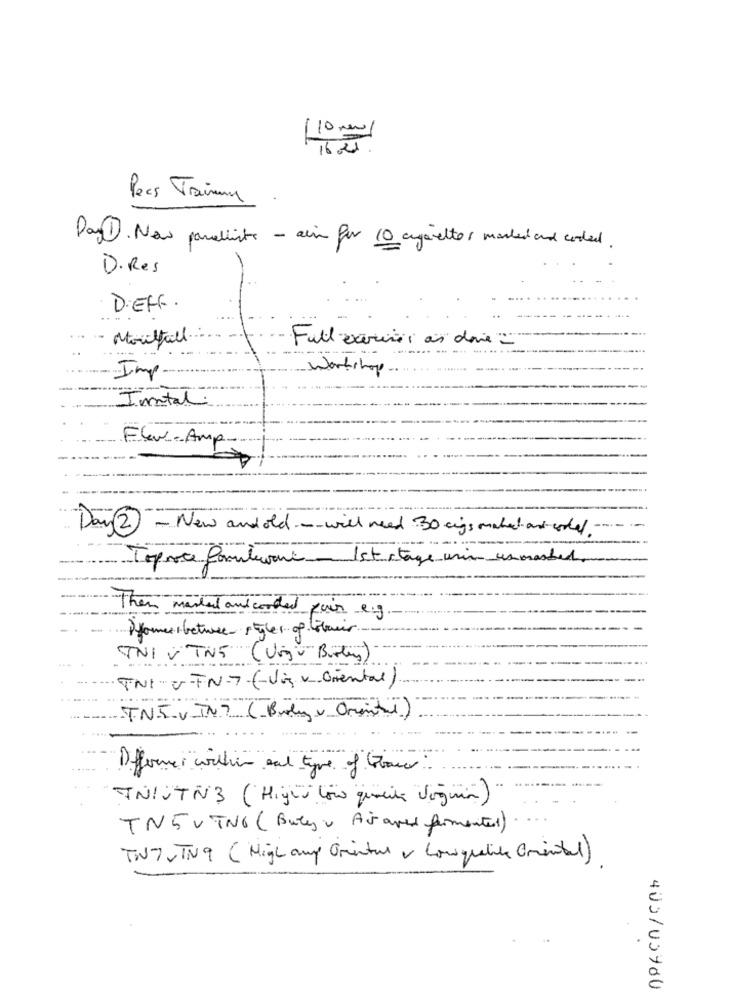
110 m
Pecs Trimm
Day). Now parelliste - aim for 10 cigarettes marked and coded.
D. Res
D'EFF
Moutfal.
Full examiner as done
Imp
Intal
Flew-Amp-
Day 2 - New and old - will need 30 as make art-cooled
aparte foulewant - 1st stage union usmashed
Then mailat and conded pour e.g
Pfarerbetween styles of liter.
TNI V TN5 (Vigo Brokers)
TNI - V-FN-7. (-Viq v. oriental).
TNT V INT (Broly - Oriental)
Differver within sal type of bauer
TNIJTN3 (Highs Low quality Vorguin)
TN5VTN6 (Buty v As aved fermented)
TNT, TN9 (High any Oriental v Lowquality Oriental)
400/00900